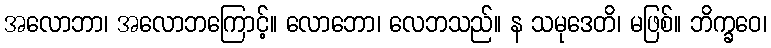
အလောဘာ၊ အလောဘကြောင့်။ လောဘော၊ လေဘသည်။ န သမုဒေတိ၊ မဖြစ်။ ဘိက္ခဝေ၊